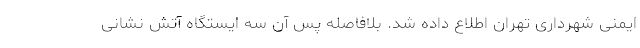
ایمنی شهرداری تهران اطلاع داده شد. بلافاصله پس آن سه ایستگاه آتش نشانی